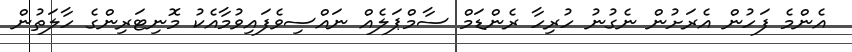
އެންމެ ފަހުން އެރަށުން ނެގުނު ހުރިހާ ރެންޑަމް ސާމްޕަލެއް ނައްސިވެފައިވުމާއެކު މޮނިޓަރިންގެ ހާލަތުން